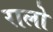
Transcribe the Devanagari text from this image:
रालो